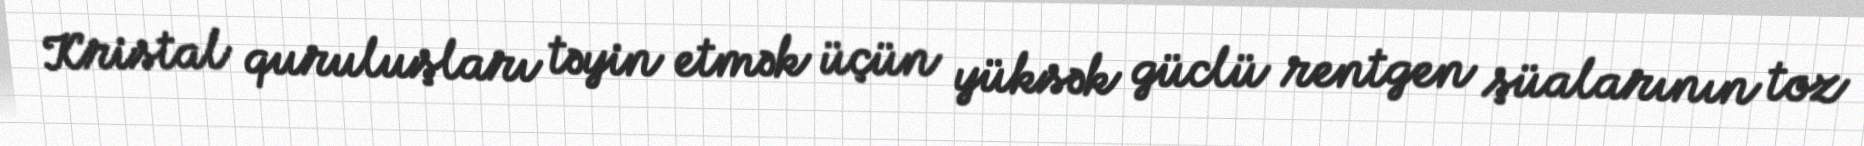
Kristal quruluşları təyin etmək üçün yüksək güclü rentgen şüalarının toz